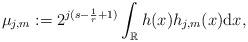
LaTeX: \begin{align*} \mu_{j,m}:= 2^{j (s-\frac1r+1)} \int_{\mathbb R} h(x) h_{j,m}(x) \mathrm d x,\end{align*}